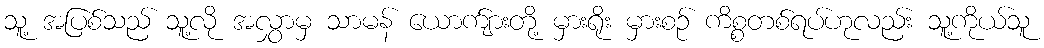
သူ့ အပြစ်သည် သူ့လို အလွှာမှ သာမန် ယောက်ျားတို့ မှားရိုး မှားစဉ် ကိစ္စတစ်ရပ်ဟုလည်း သူ့ကိုယ်သူ